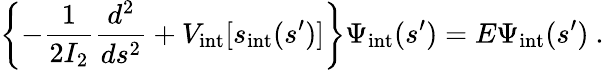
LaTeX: \left\{ -\frac{1}{2I_{2}}\frac{d^{2}}{ds^{2}}+V_{\mathrm{int}}[s_{\mathrm{int}}(s^{\prime})]\right\} \Psi_{\mathrm{int}}(s^{\prime})=E\Psi_{\mathrm{int}}(s^{\prime})\ .